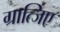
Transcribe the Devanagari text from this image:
ग्रात्जिए